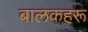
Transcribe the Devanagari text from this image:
बालकहरू